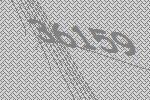
36159